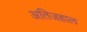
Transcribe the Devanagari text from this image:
अतिजहाल